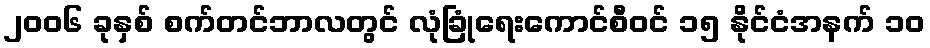
၂၀၀၆ ခုနှစ် စက်တင်ဘာလတွင် လုံခြုံရေးကောင်စီဝင် ၁၅ နိုင်ငံအနက် ၁၀